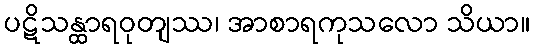
ပဋိသန္ထာရဝုတျဿ၊ အာစာရကုသလော သိယာ။